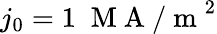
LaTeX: j_{0}=1\; \mathrm{~M~A~/~m~}^{2}